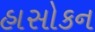
હાસોકન